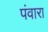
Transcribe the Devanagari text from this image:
पंवारा